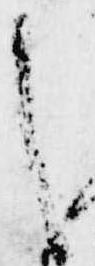
し